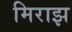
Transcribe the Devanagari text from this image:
मिराझ